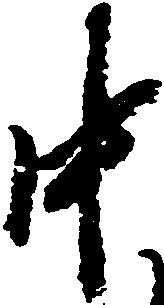
中